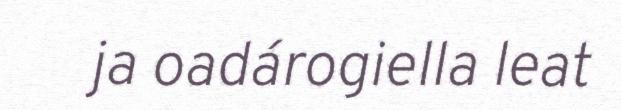
ja oadárogiella leat